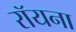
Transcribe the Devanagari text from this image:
रॉयना